Problem: 27 + 17 = ?
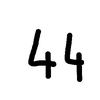
Handwritten answer: 44